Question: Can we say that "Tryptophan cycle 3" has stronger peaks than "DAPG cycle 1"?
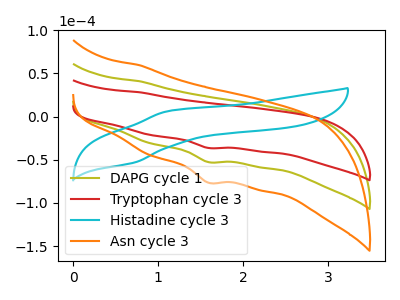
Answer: <think>The olive curve "DAPG cycle 1" has a cathodic peak at: (1.60V, -52.65uA). The red curve "Tryptophan cycle 3" has a cathodic peak at: (1.60V, -36.25uA). The cyan curve "Histadine cycle 3" has an anodic peak at (1.15V, 6.60uA) and a cathodic peak at (0.70V, -53.25uA). The orange curve "Asn cycle 3" has a cathodic peak at: (1.60V, -105.30uA).</think>
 <answer>Every peak in "Tryptophan cycle 3" is lower than every peak in "DAPG cycle 1".</answer>
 <eval>lower</eval>